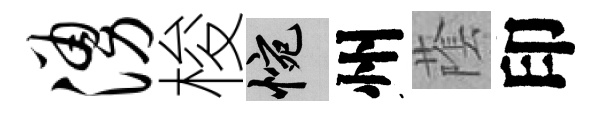
涌梭惋州䕃印